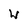
Character: W